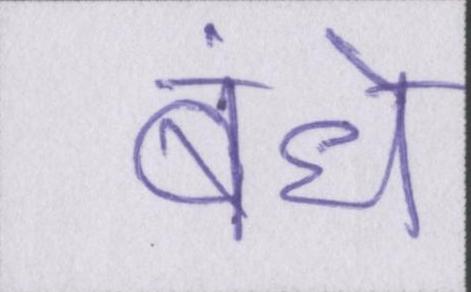
बंधे